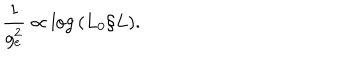
{ \frac { 1 } { g _ { e } ^ { 2 } } } \propto \log { ( L _ { 0 } / L ) } .